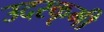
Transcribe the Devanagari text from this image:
उदरकृमी